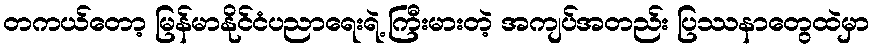
တကယ်တော့ မြန်မာနိုင်ငံပညာရေးရဲ့ ကြီးမားတဲ့ အကျပ်အတည်း ပြဿနာတွေထဲမှာ